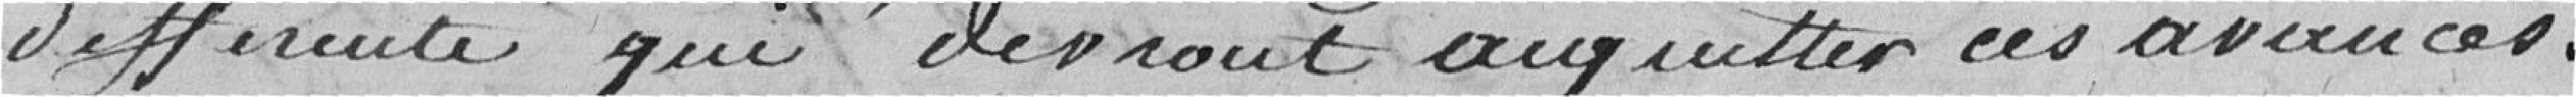
différente qui devront acquitter ces avances.